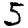
Digit: 5